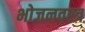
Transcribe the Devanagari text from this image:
भोजनवस्त्र